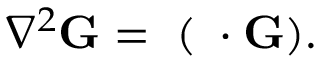
\nabla ^ { 2 } \mathbf { G } = \mathbf { \nabla } ( \mathbf { \nabla } \cdot { } \mathbf { G } ) .